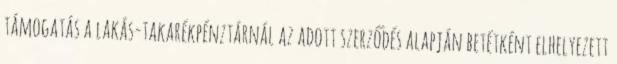
támogatás a lakás-takarékpénztárnál az adott szerződés alapján betétként elhelyezett